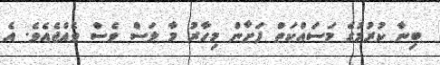
ބިނާ ކުރުމުގެ މަސައްކަތް ފަށާން މިހާރު މާ ލަސް ވެސް ވެއްޖެއެވެ. އެ